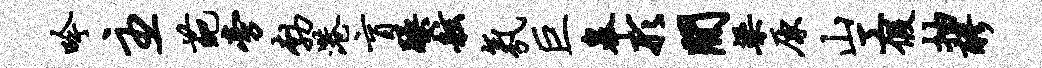
吟主葩旁勃港盲躁舷氛巨皋形间梁原山工假抽醪